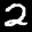
Label: 2